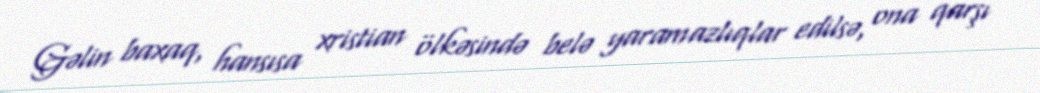
Gəlin baxaq, hansısa xristian ölkəsində belə yaramazlıqlar edilsə, ona qarşı